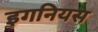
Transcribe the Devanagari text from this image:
इगनियस